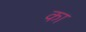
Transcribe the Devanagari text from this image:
का